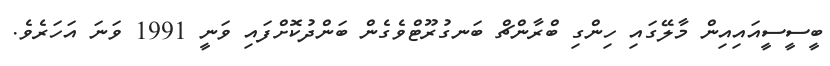
ބީސީސީއައިއިން މާލޭގައި ހިންގި ބްރާންޗް ބަނގުރޫޓްވެގެން ބަންދުކޮށްފައި ވަނީ 1991 ވަނަ އަހަރެވެ.